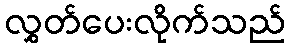
လွှတ်ပေးလိုက်သည်